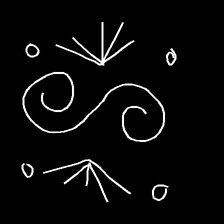
Glyph: aeroform